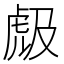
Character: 𱿐